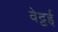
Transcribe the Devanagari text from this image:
वेट्टई